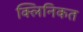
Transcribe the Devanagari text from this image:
क्लिनिकत